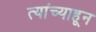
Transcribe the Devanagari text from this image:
त्यांच्याहून